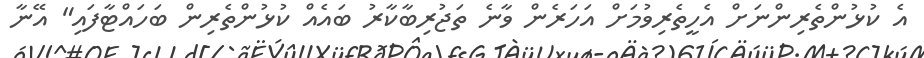
އެ ކުޅުންތެރިންނަށް އެހީތެރިވުމަށް އަހަރެން ވާނެ ތަޖުރިބާކާރު ބައެއް ކުޅުންތެރިން ބަހައްޓާފައި" އޭނާ